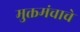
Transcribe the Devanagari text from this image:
मुक्तमंचाचे